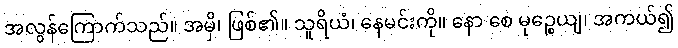
အလွန်ကြောက်သည်။ အမှိ၊ ဖြစ်၏။ သူရိယံ၊ နေမင်းကို။ နော စေ မုဉ္စေယျ၊ အကယ်၍